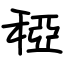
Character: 稏